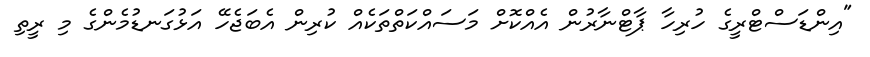
"އިންޑަސްޓްރީގެ ހުރިހާ ޕާޓްނާރުން އެއްކޮށް މަސައްކަތްތަކެއް ކުރިން އެބަޖެހޭ އަޅުގަނޑުމެންގެ މި ރީތި